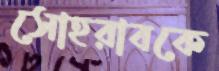
সোহরাবকে